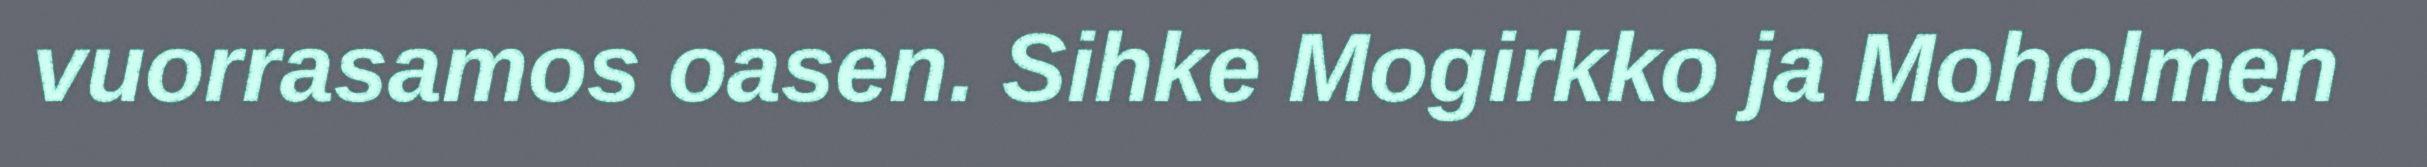
vuorrasamos oasen. Sihke Mogirkko ja Moholmen